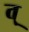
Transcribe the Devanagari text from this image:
त्‌